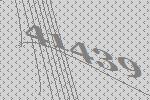
41439